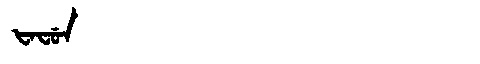
Manchu: ᡶᠠᠸᡠᠨ
Romanization: FAFUN